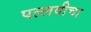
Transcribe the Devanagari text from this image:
पल्लवीचा